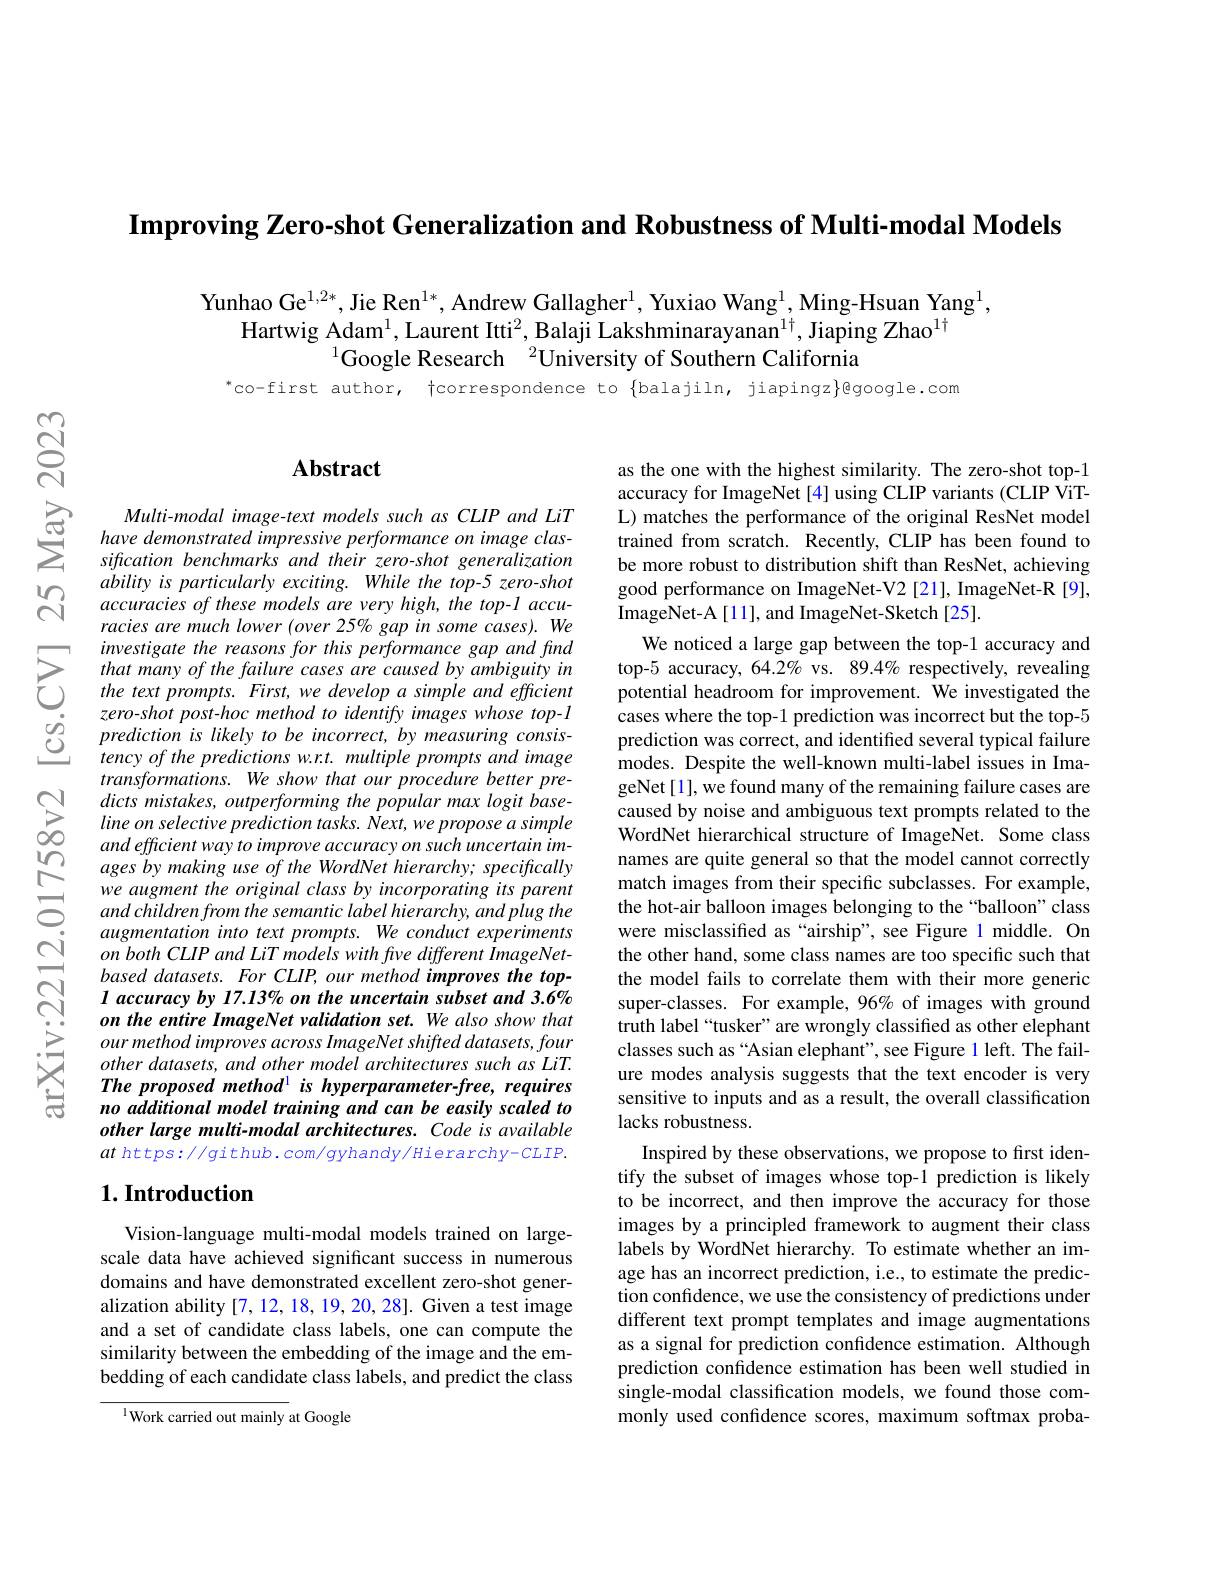
$\textbf{Improving Zero- shot Generalization and Robustness of Multi- modal Models}$

Yunhao Ge$^{1,2*}$, Jie Ren$^{1*}$, Andrew Gallagher$^{1}$, Yuxiao Wang$^{1}$, Ming-Hsuan Yang$^{1}$,
Hartwig Adam$^1$, Laurent Itti$^2$, Balaji Lakshminarayanan$^{1\dagger}$, Jiaping Zhao$^{1\dagger}$
$^{1}$Google Research$\:^2$University of Southern California

$^{*}$co-first author, tcorrespondence to $\{$balajiln, jiapingz$\}$@google.com

$ଟ୍ରି$

## $\mathbf{Abstract}$

$\sum_{\begin{array}{cc}\text{SC}&\text{Multi-modal image-text models such as CLIP and LiT}\\\text{SCE}&\text{have demonstrated impressive performance on image clas-}\\&\text{sification benchmarks and their zero-shot generalization}\end{array}}$
ability is particularly exciting. While the top-5 zero-shot accuracies of these models are very high, the top-1 accuracies are much lower (over 25% gap in some cases). We investigate the reasons for this performance gap and find that many of the failure cases are caused by ambiguity in the text prompts. First, we develop a simple and efficient zero-shot post-hoc method to identify images whose top-1 prediction is likely to be incorrect, by measuring consistency of the predictions w.r.t. multiple prompts and image $transformations.Weshowthatourprocedurebetterpre-$
ages by making use of the WordNet hierarchy; specifically we augment the original class by incorporating its parent and children from the semantic label hierarchy, and plug the augmentation into text prompts. We conduct experiments on both CLIP and LiT models with frve different ImageNetbased datasets. For CLIP, our method improves the top- $I\textit{ accuracy by 17. 13\% on the uncertain subset and 3. 6\% }$ on the entire ImageNet validation set. We also show that our method improves across ImageNet shifted datasets, four other datasets, and other model architectures such as LiT. The proposed methodl is hyperparameter-free, requires no additional model training and can be easily scaled to other large multi-modal architectures. Code is available $at$ https://github.com/gyhandy/Hierarchy-CLIP.

# 1. Introduction

Vision-language multi-modal models trained on largescale data have achieved significant success in numerous domains and have demonstrated excellent zero-shot generalization ability[7,12,18,19,20,28]. Given a test image and a set of candidate class labels, one can compute the similarity between the embedding of the image and the embedding of each candidate class labels, and predict the class

$^{1}$Work carried out mainly at Google

as the one with the highest similarity. The zero-shot top-1 accuracy for ImageNet [4] using CLIP variants (CLIP ViTL) matches the performance of the original ResNet model trained from scratch. Recently, CLIP has been found to be more robust to distribution shift than ResNet, achieving good performance on ImageNet-V2 [21], ImageNet-R [9], ImageNet-A[11], and ImageNet-Sketch[25].

We noticed a large gap between the top-1 accuracy and top-5 accuracy, 64.2% vs. 89.4% respectively, revealing potential headroom for improvement. We investigated the cases where the top-1 prediction was incorrect but the top-5 prediction was correct, and identified several typical failure modes. Despite the well-known multi-label issues in ImageNet[1], we found many of the remaining failure cases are caused by noise and ambiguous text prompts related to the WordNet hierarchical structure of ImageNet. Some class names are quite general so that the model cannot correctly match images from their specific subclasses. For example, the hot-air balloon images belonging to the “balloon”class were misclassified as“airship”, see Figure 1 middle. On the other hand, some class names are too specific such that the model fails to correlate them with their more generic super-classes. For example, 96% of images with ground truth label“tusker”are wrongly classified as other elephant classes such as “Asian elephant”, see Figure 1 left. The failure modes analysis suggests that the text encoder is very sensitive to inputs and as a result, the overall classification lacks robustness.
Inspired by these observations, we propose to frst identify the subset of images whose top-1 prediction is likely to be incorrect, and then improve the accuracy for those images by a principled framework to augment their class labels by WordNet hierarchy. To estimate whether an image has an incorrect prediction, i.e., to estimate the prediction confdence, we use the consistency of predictions under different text prompt templates and image augmentations as a signal for prediction confidence estimation. Although prediction confdence estimation has been well studied in single-modal classification models, we found those commonly used confdence scores, maximum softmax proba-